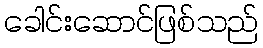
ခေါင်းဆောင်ဖြစ်သည်